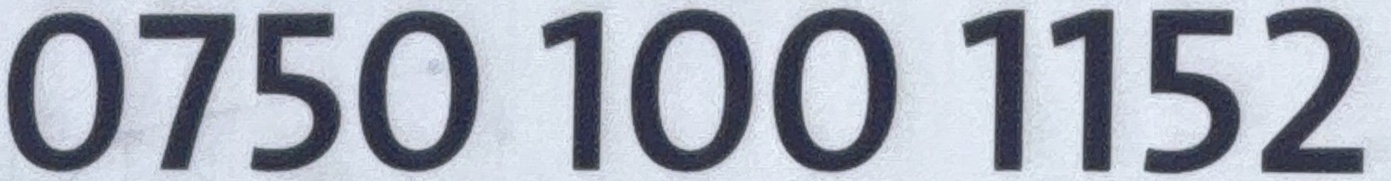
0750 100 1152